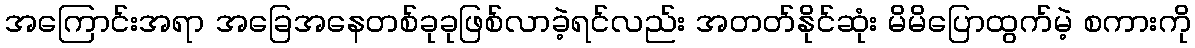
အကြောင်းအရာ အခြေအနေတစ်ခုခုဖြစ်လာခဲ့ရင်လည်း အတတ်နိုင်ဆုံး မိမိပြောထွက်မဲ့ စကားကို